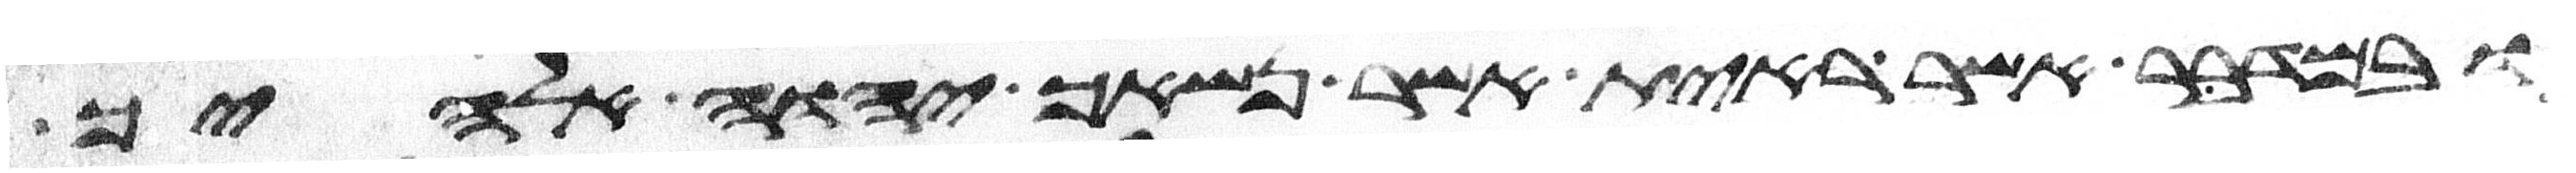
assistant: ובמדבר אשר ראית אשר נשאך יהוה אלהיך